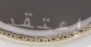
إعتقد